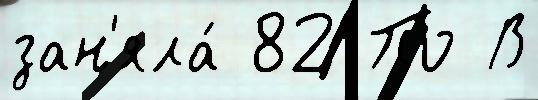
зан'яла́ 82 По В